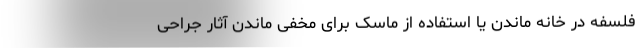
فلسفه در خانه ماندن یا استفاده از ماسک برای مخفی ماندن آثار جراحی